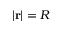
| \mathbf { r } | = R